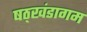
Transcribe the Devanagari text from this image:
षठ्खंडागम